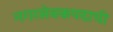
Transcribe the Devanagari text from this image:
नगरसेवकपदाची